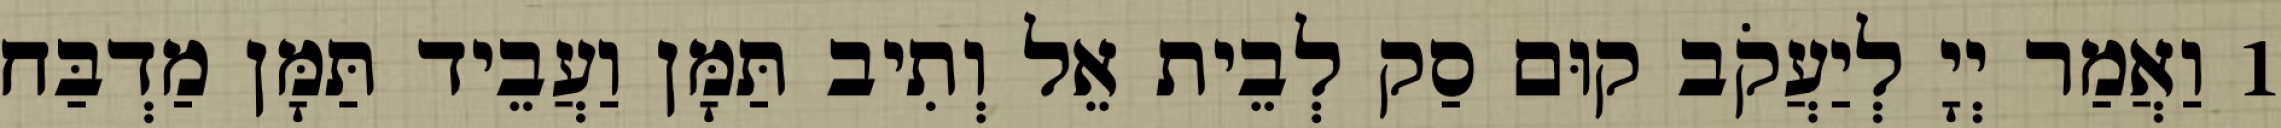
1 וַאֲמַר יְיָ לְיַעֲקֹב קוּם סַק לְבֵית אֵל וְתִיב תַּמָּן וַעֲבֵיד תַּמָּן מַדְבַּח